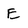
Character: E